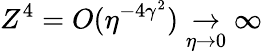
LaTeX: Z^{4}=O(\eta^{-4\gamma^{2}})\underset{\eta\to 0}\to\infty